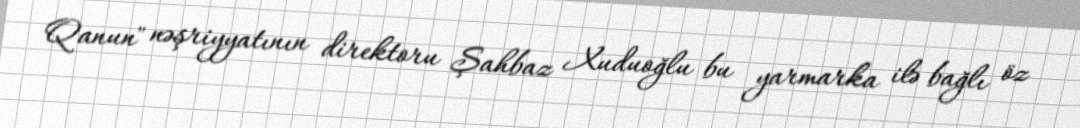
Qanun" nəşriyyatının direktoru Şahbaz Xuduoğlu bu yarmarka ilə bağlı öz